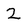
Character: 2